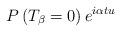
LaTeX: \begin{align*}P\left(T_\beta=0\right) e^{i \alpha t u} \end{align*}